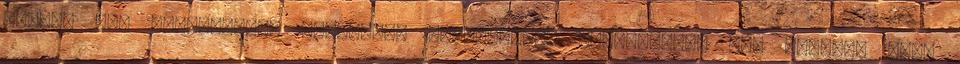
írható le: Világosság, színezet, telítettség Világosság: egy felület több